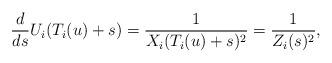
LaTeX: \begin{align*}\frac{d}{ds}U_i(T_i(u)+s) =\frac{1}{X_i(T_i(u)+s)^2}=\frac{1}{Z_i(s)^2},\end{align*}